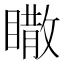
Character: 𥋌